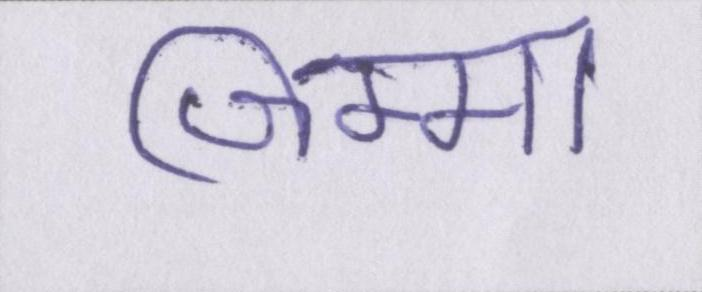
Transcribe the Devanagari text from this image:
जिम्मा